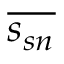
\overline { { s _ { s n } } }